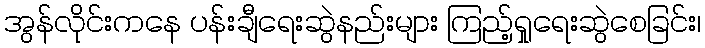
အွန်လိုင်းကနေ ပန်းချီရေးဆွဲနည်းများ ကြည့်ရှုရေးဆွဲစေခြင်း၊